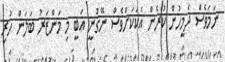
ނަމަވެސް ދެމީހުން ކުރެން އެކަކަށްވެސް ނޭގުނީ އަބީ މި މަންޒަރު ބަލަން ހުރި